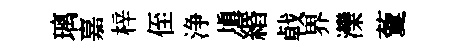
璃嘉梓侄浄塡緡㦸界灤藑